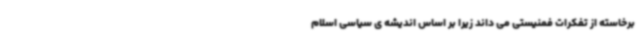
برخاسته از تفکرات فمنیستی می داند زیرا بر اساس اندیشه ی سیاسی اسلام